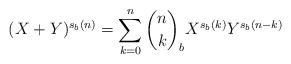
LaTeX: \begin{align*}(X+Y)^{s_b(n)} = \sum_{k=0}^{n} \binom{n}{k}_b X^{s_b(k)} Y^{s_b(n-k)}\end{align*}